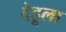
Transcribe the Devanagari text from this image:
देहूला